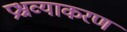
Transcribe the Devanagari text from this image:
प्रश्नव्याकरण